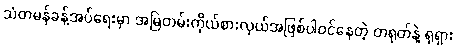
သံတမန်ခန့်အပ်ရေးမှာ အမြဲတမ်းကိုယ်စားလှယ်အဖြစ်ပါဝင်နေတဲ့ တရုတ်နဲ့ ရုရှား